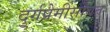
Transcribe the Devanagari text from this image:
दुर्गप्रेमींसोबत